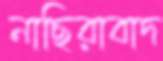
নাছিরাবাদ